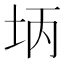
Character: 𪣃